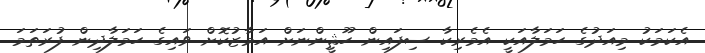
އެކަމަކު މިއަދުގެ ހަމަލާއަކީ އެމެރިކާ ސިފައިން ހޫޘީންނަށް އަމާޒުކޮށް ވައިގެ ހަމަލާދިން ފުރަތަމަ